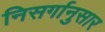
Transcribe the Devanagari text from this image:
निसर्गानुसार